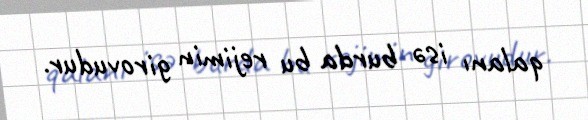
qalanı isə burda bu rejimin girovudur.